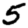
Digit: 5